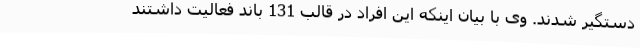
دستگیر شدند. وی با بیان اینکه این افراد در قالب 131 باند فعالیت داشتند